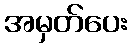
အမှတ်ပေး